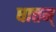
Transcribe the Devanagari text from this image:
धात्तम्‌